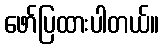
ဖော်ပြထားပါတယ်။